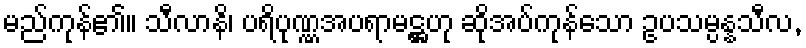
မည်ကုန်၏။ သီလာနိ၊ ပရိပုဏ္ဏအပရာမဋ္ဌဟု ဆိုအပ်ကုန်သော ဥပသမ္ပန္နသီလ,